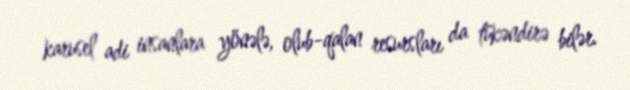
karusel adi insanlara yönələ, olub-qalan resursları da tükəndirə bilər.